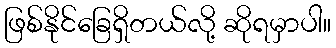
ဖြစ်နိုင်ခြေရှိတယ်လို့ ဆိုရမှာပါ။